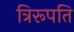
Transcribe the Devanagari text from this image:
त्रिरूपति